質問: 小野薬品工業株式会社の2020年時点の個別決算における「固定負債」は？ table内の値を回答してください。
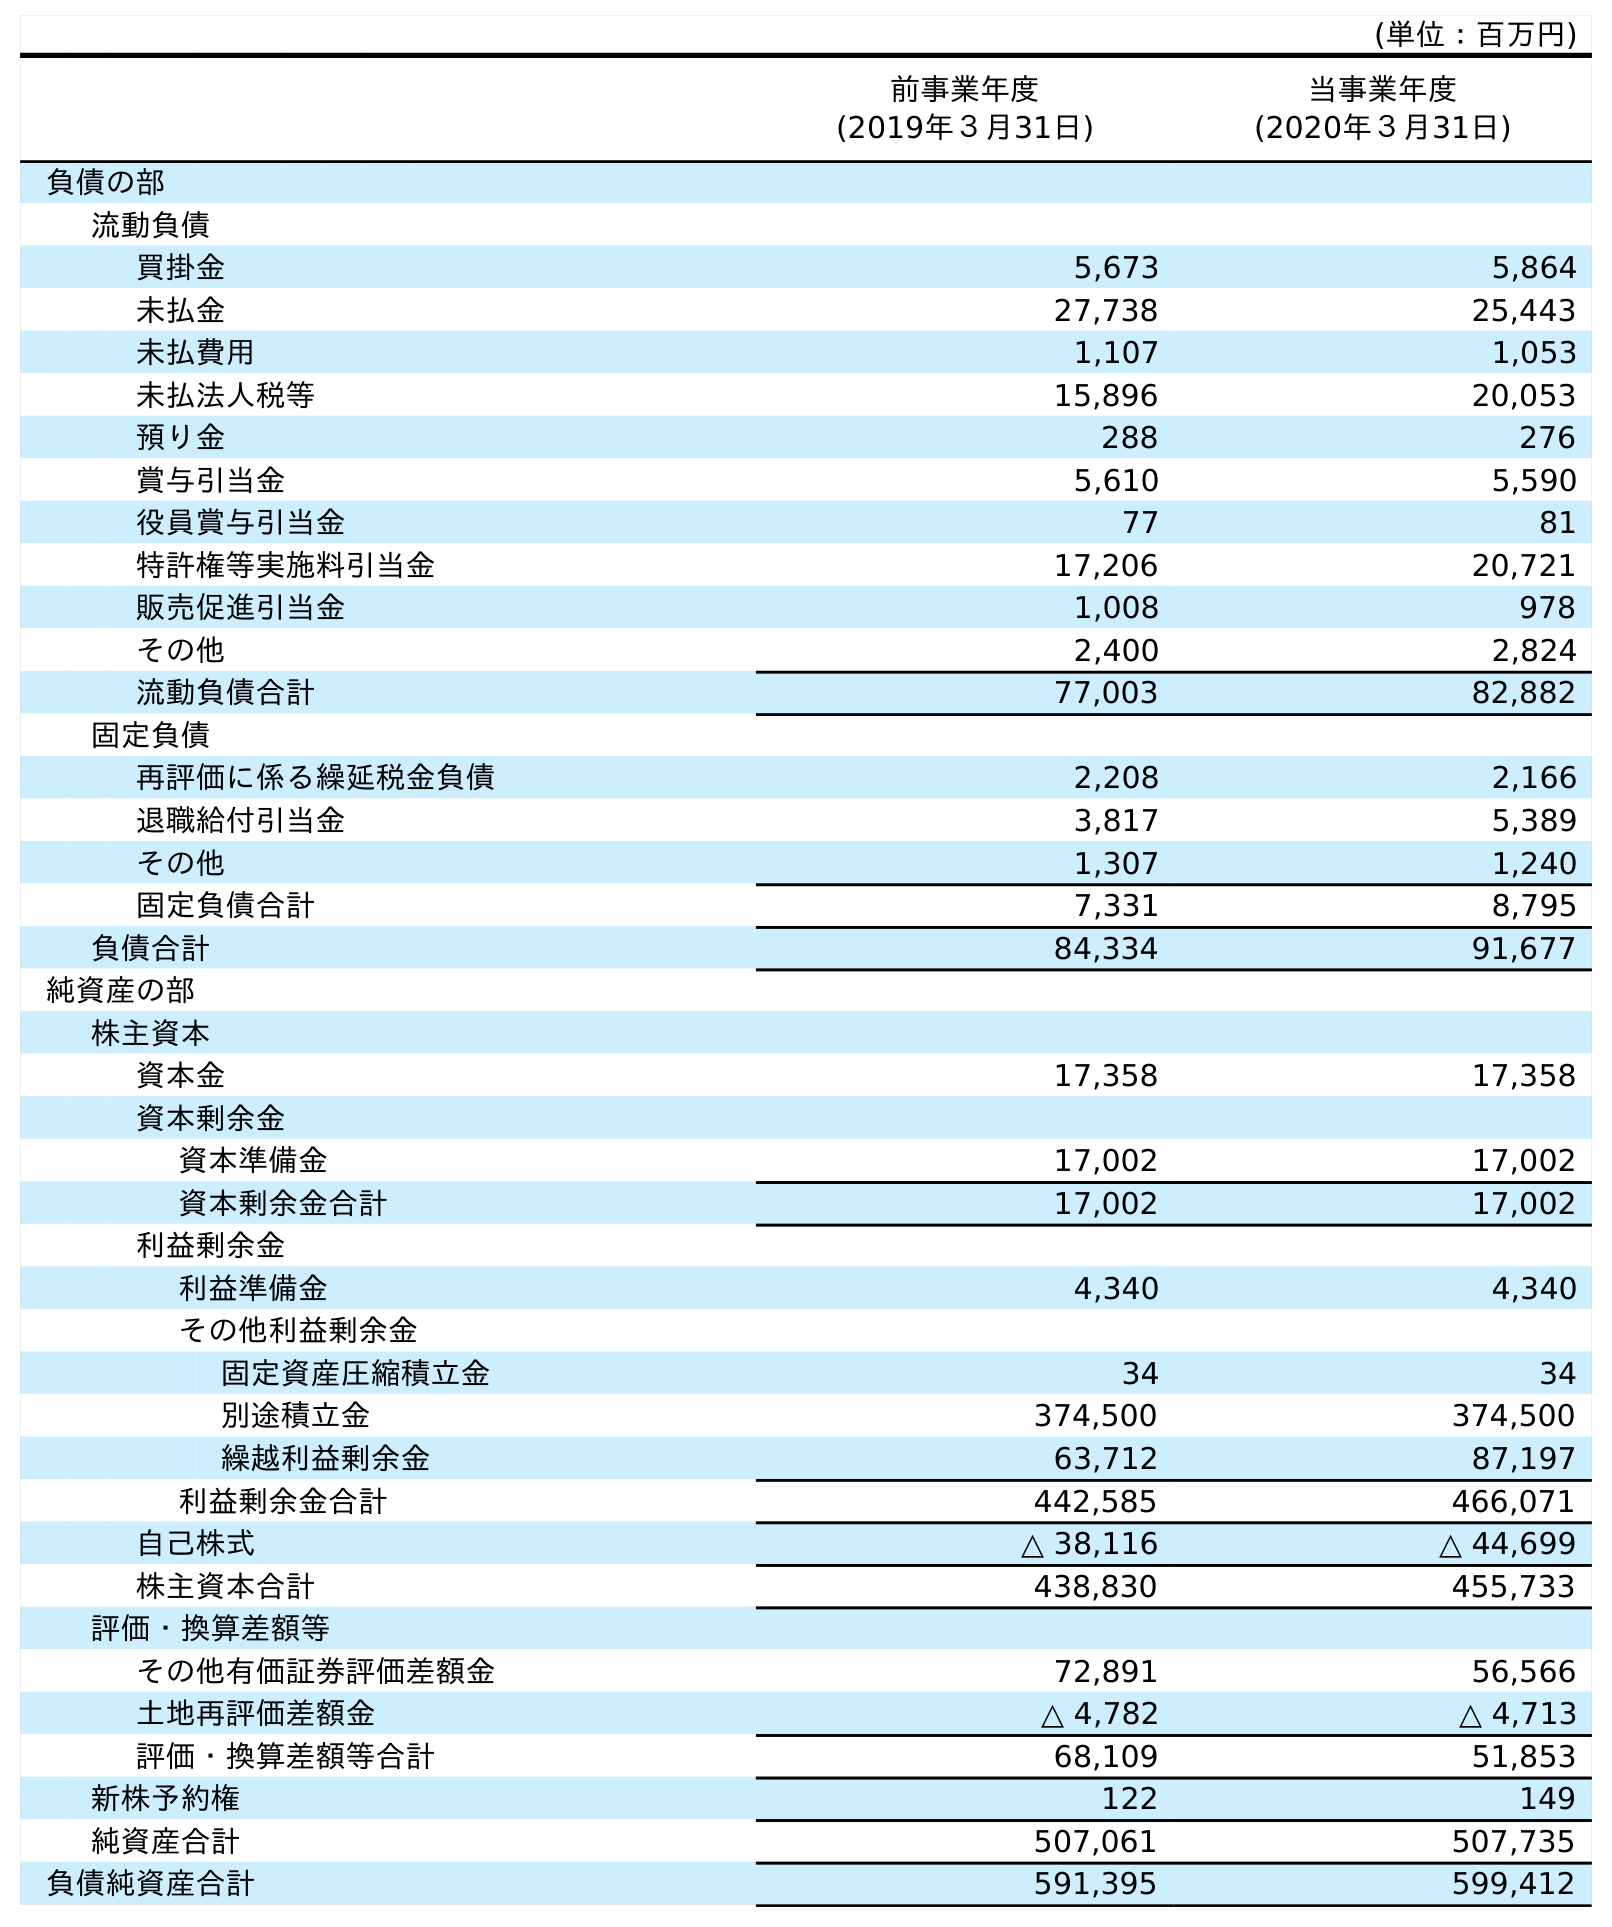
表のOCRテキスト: (単位：百万円) 前事業年度 (2019年３月31日) 当事業年度 (2020年３月31日) 負債の部 流動負債 買掛金 5,673 5,864 未払金 27,738 25,443 未払費用 1,107 1,053 未払法人税等 15,896 20,053 預り金 288 276 賞与引当金 5,610 5,590 役員賞与引当金 77 81 特許権等実施料引当金 17,206 20,721 販売促進引当金 1,008 978 その他 2,400 2,824 流動負債合計 77,003 82,882 固定負債 再評価に係る繰延税金負債 2,208 2,166 退職給付引当金 3,817 5,389 その他 1,307 1,240 固定負債合計 7,331 8,795 負債合計 84,334 91,677 純資産の部 株主資本 資本金 17,358 17,358 資本剰余金 資本準備金 17,002 17,002 資本剰余金合計 17,002 17,002 利益剰余金 利益準備金 4,340 4,340 その他利益剰余金 固定資産圧縮積立金 34 34 別途積立金 374,500 374,500 繰越利益剰余金 63,712 87,197 利益剰余金合計 442,585 466,071 自己株式 △ 38,116 △ 44,699 株主資本合計 438,830 455,733 評価・換算差額等 その他有価証券評価差額金 72,891 56,566 土地再評価差額金 △ 4,782 △ 4,713 評価・換算差額等合計 68,109 51,853 新株予約権 122 149 純資産合計 507,061 507,735 負債純資産合計 591,395 599,412
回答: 8,795